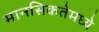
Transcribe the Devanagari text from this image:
मानसिकतेमध्ये